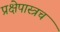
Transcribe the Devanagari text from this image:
प्रक्षेपास्त्रच